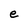
Character: e